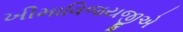
ખીમાવિજયજીએ